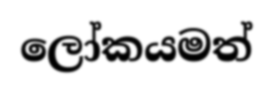
ලෝකයමත්